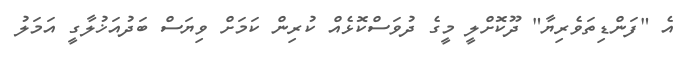
އެ "ފަންޑިތަވެރިޔާ" ދޫކޮށްލީ މީގެ ދުވަސްކޮޅެއް ކުރިން ކަމަށް ވިޔަސް ބަދުއަޚުލާގީ އަމަލު